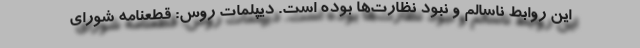
این روابط ناسالم و نبود نظارت‌ها بوده است. دیپلمات روس: قطعنامه شورای